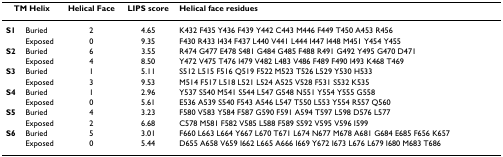
<table><thead><tr><td colspan="2"><b>TM Helix</b></td><td><b>Helical Face</b></td><td><b>LIPS score</b></td><td><b>Helical face residues</b></td></tr></thead><tbody><tr><td><b>S1</b></td><td>Buried</td><td>2</td><td>4.65</td><td>K432 F435 Y436 F439 Y442 C443 M446 F449 T450 A453 R456</td></tr><tr><td></td><td>Exposed</td><td>0</td><td>9.35</td><td>F430 R433 I434 F437 L440 V441 L444 I447 I448 M451 Y454 Y455</td></tr><tr><td><b>S2</b></td><td>Buried</td><td>6</td><td>3.55</td><td>R474 G477 E478 S481 G484 G485 F488 R491 G492 Y495 G470 D471</td></tr><tr><td></td><td>Exposed</td><td>4</td><td>8.50</td><td>Y472 V475 T476 I479 V482 L483 V486 F489 F490 I493 K468 T469</td></tr><tr><td><b>S3</b></td><td>Buried</td><td>1</td><td>5.11</td><td>S512 L515 F516 Q519 F522 M523 T526 L529 Y530 H533</td></tr><tr><td></td><td>Exposed</td><td>3</td><td>9.53</td><td>M514 F517 L518 L521 L524 A525 V528 F531 S532 K535</td></tr><tr><td><b>S4</b></td><td>Buried</td><td>1</td><td>2.96</td><td>Y537 S540 M541 S544 L547 G548 N551 Y554 Y555 G558</td></tr><tr><td></td><td>Exposed</td><td>0</td><td>5.61</td><td>E536 A539 S540 F543 A546 L547 T550 L553 Y554 R557 Q560</td></tr><tr><td><b>S5</b></td><td>Buried</td><td>4</td><td>3.23</td><td>F580 V583 Y584 F587 G590 F591 A594 T597 L598 D576 L577</td></tr><tr><td></td><td>Exposed</td><td>2</td><td>6.68</td><td>C578 M581 F582 V585 L588 F589 S592 V595 V596 I599</td></tr><tr><td><b>S6</b></td><td>Buried</td><td>5</td><td>3.01</td><td>F660 L663 L664 Y667 L670 T671 L674 N677 M678 A681 G684 E685 F656 K657</td></tr><tr><td></td><td>Exposed</td><td>0</td><td>5.44</td><td>D655 A658 V659 I662 L665 A666 I669 Y672 I673 L676 L679 I680 M683 T686</td></tr></tbody></table>